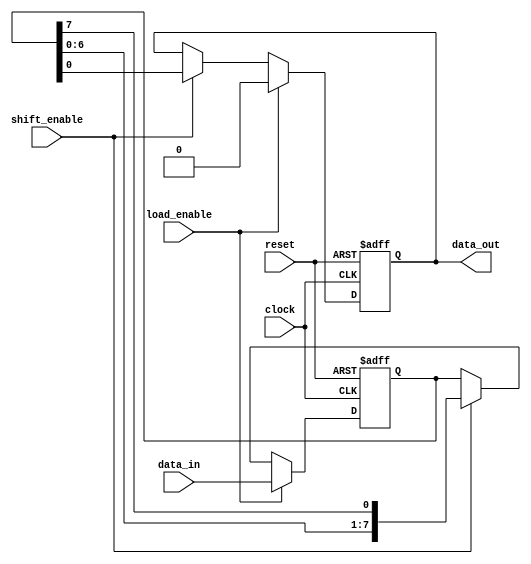
module parallel_in_serial_out_reg (
    input wire clock,
    input wire reset,
    input wire shift_enable,
    input wire load_enable,
    input wire [7:0] data_in,
    output reg data_out
);

reg [7:0] reg_data;

always @(posedge clock or posedge reset) begin
    if (reset) begin
        reg_data <= 8'b0;
        data_out <= 1'b0;
    end else if (load_enable) begin
        reg_data <= data_in;
        data_out <= 1'b0;
    end else if (shift_enable) begin
        reg_data <= {reg_data[6:0], reg_data[7]};
        data_out <= reg_data[0];
    end
end

endmodule